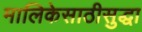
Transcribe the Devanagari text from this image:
मालिकेसाठीसुद्धा